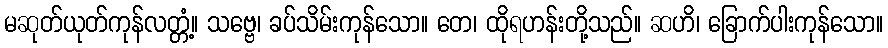
မဆုတ်ယုတ်ကုန်လတ္တံ့။ သဗ္ဗေ၊ ခပ်သိမ်းကုန်သော။ တေ၊ ထိုရဟန်းတို့သည်။ ဆဟိ၊ ခြောက်ပါးကုန်သော။